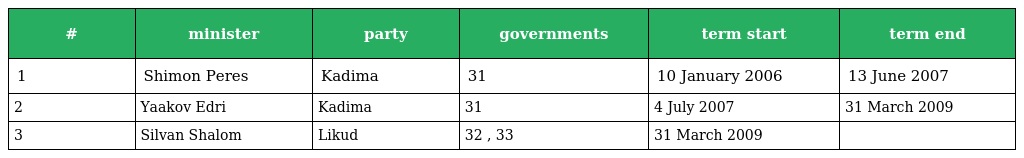
| # | minister | party | governments | term start | term end |
 | --- | --- | --- | --- | --- | --- |
 | 1 | Shimon Peres | Kadima | 31 | 10 January 2006 | 13 June 2007 |
 | 2 | Yaakov Edri | Kadima | 31 | 4 July 2007 | 31 March 2009 |
 | 3 | Silvan Shalom | Likud | 32 , 33 | 31 March 2009 |  |